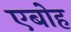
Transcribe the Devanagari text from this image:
एबोह